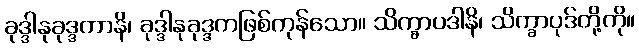
ခုဒ္ဒါနုခုဒ္ဒကာနိ၊ ခုဒ္ဒါနုခုဒ္ဒကဖြစ်ကုန်သော။ သိက္ခာပဒါနိ၊ သိက္ခာပုဒ်တို့ကို။